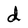
Character: d